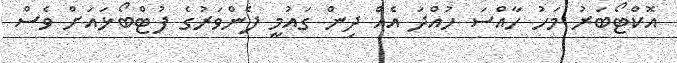
އޮކްޓޯބަރު މަހު ހާއްސަ ހުއްދަ އެއް ދިން ގައުމީ ފެންވަރުގެ ފުޓްބޯޅައަށް ވެސް